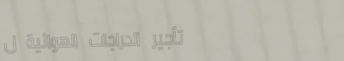
تأجير الدراجات الهوائية ل